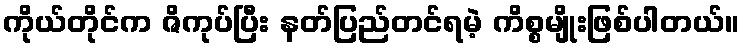
ကိုယ်တိုင်က ဇိကုပ်ပြီး နတ်ပြည်တင်ရမဲ့ ကိစ္စမျိုးဖြစ်ပါတယ်။